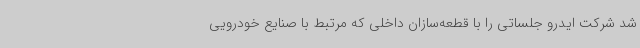
شد شرکت ایدرو جلساتی را با قطعه‌سازان داخلی که مرتبط با صنایع خودرویی